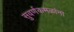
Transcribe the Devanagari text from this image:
सुवर्णकमळांना